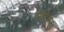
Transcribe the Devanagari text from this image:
ठठेर